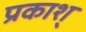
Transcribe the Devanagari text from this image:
प्रकाश्